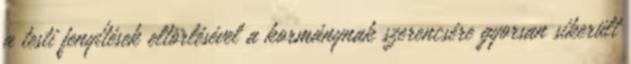
a testi fenyítések eltörlésével a kormánynak szerencsére gyorsan sikerült